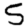
Digit: 5